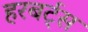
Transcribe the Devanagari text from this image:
हरबर्ट्स